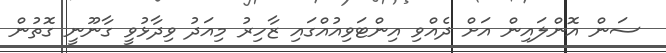
ސަން އޮންލައިން އަށް ދެއްވި އިންޓަވިއުއްގައި ޒާހިރު މިއަދު ވިދާޅުވީ ގާނޫނީ ގޮތުން